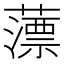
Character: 薸